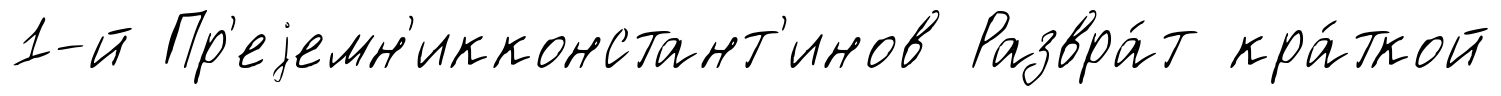
1-й Пр'еjемн'икконстант'инов Развра́т кра́ткой